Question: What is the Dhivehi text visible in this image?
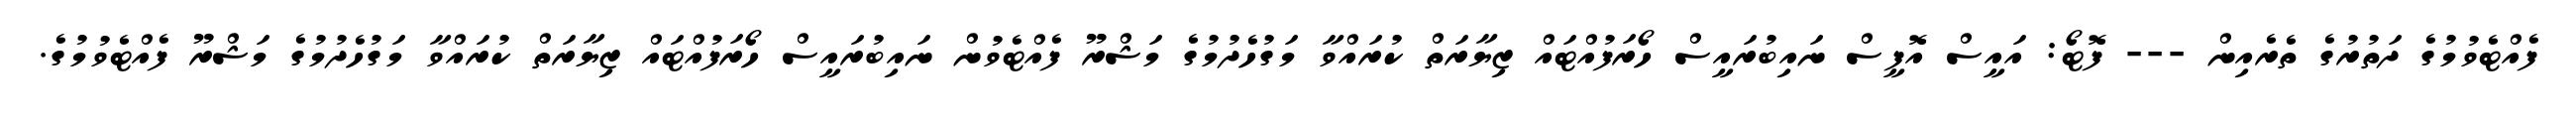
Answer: ފެއްޓެވުމުގެ ދަތުރުގެ ތެރެއިން --- ފޮޓޯ: އައީސް އޮފީސް ނައިބުރައީސް ހޯރަފުއްޓައް ޒިޔާރަތް ކުރައްވާ މަގުހެދުމުގެ މަޝްރޫ ފެއްޓެވުން ނައިބުރައީސް ހޯރަފުއްޓައް ޒިޔާރަތް ކުރައްވާ މަގުހެދުމުގެ މަޝްރޫ ފެއްޓެވުމުގެ.